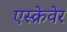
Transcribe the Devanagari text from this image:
एस्क्रेवेर